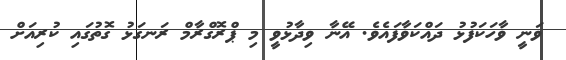
ވަނީ ވާހަކަފުޅު ދައްކަވާފައެވެ. އޭނާ ވިދާޅުވީ މި ޕްރޮގްރާމް ރަނގަޅު ގޮތުގައި ކުރިއަށް